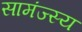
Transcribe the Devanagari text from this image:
सामंज्स्य